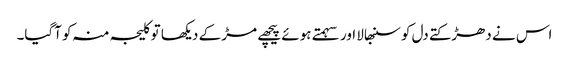
اس نے دھڑکتے دل کو سنبھالا اور سہمتے ہوئے پیچھے مڑ کے دیکھا تو کلیجہ منہ کو آگیا۔